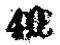
$4x$